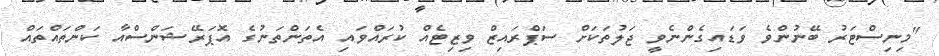
"މިނިސްޓަރު ބޭނުންވެ ވަޑައިގެންނެވީ ޖަލުތަކަށް ސަޕްރައިޒް ވިޒިޓެއް ކުރައްވައި އެތަންތަނުގެ އޮޕަރޭޝަންސްއާ ކަންތައްތައް